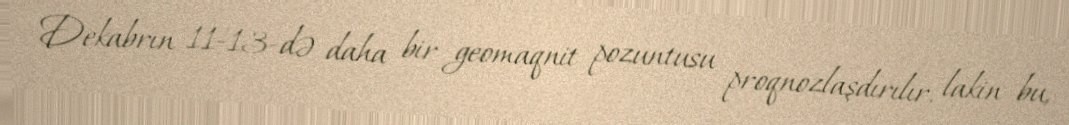
Dekabrın 11-13-də daha bir geomaqnit pozuntusu proqnozlaşdırılır, lakin bu,